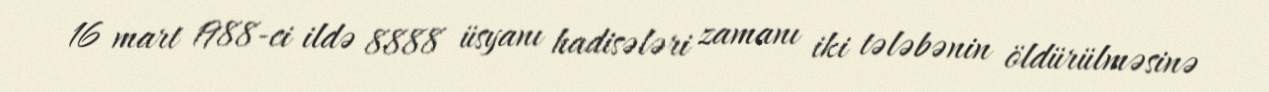
16 mart 1988-ci ildə 8888 üsyanı hadisələri zamanı iki tələbənin öldürülməsinə